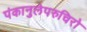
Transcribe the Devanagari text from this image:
पंकानुलेपरुचिरो